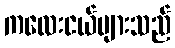
ကလေးငယ်များသည်